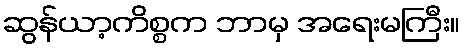
ဆွန်ယာ့ကိစ္စက ဘာမှ အရေးမကြီး။